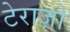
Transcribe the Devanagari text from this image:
टेराज़ो